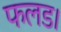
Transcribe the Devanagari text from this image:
फलड।